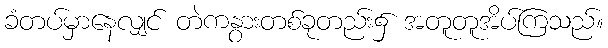
ခံတပ်မှာနေလျှင် တဲကနွားတစ်ခုတည်း၌ အတူတူအိပ်ကြသည်။